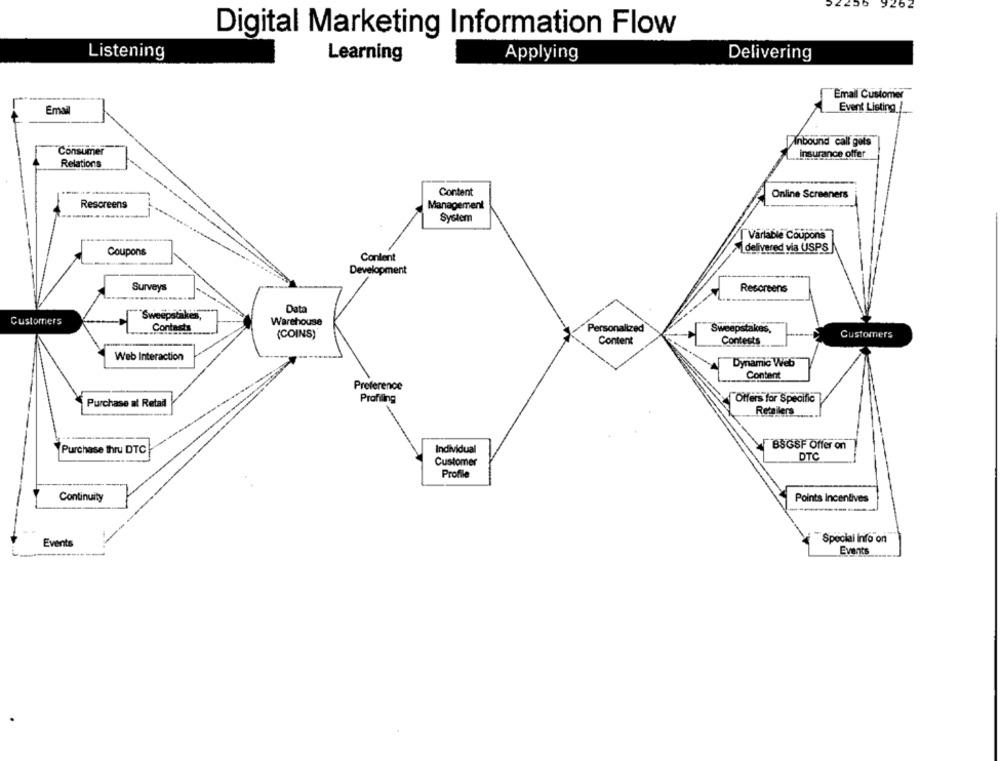
56
1262
Digital Marketing Information Flow
Listening
Learning
Applying
Delivering
Email Customer
Email
Event Listing
Anbound call gets
Consumer
insurance offer
Relations
Content
Online Screeners
Rescreens
Management
System
Variable Coupons
Coupons
delivered via USPS
Content
Development
Surveys
Resoreens
Sweepstakes
Data
Customers
Contacts
Warehouse
Personalized
Sweepstakes,
(COINS)
Customers
Content
Contests
Web Interaction
Dynamic Web
Content
Preference
Purchase at Retail
Profiling
Offers for Specific
Retailers
Purchase thru DTC
Individual
BSGSF Offer on
DTC
---
Customer
Profile
Continuity
Points Incentives
Special info on
Events
Events